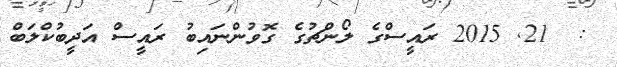
:  21